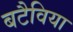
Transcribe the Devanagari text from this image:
बटैविया